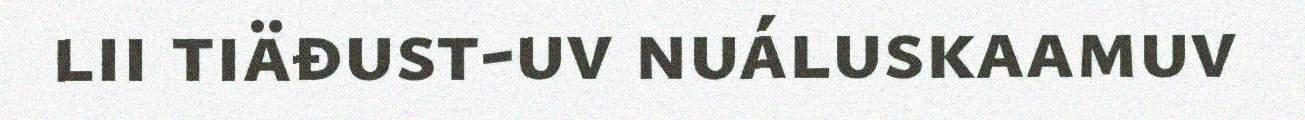
lii tiäđust-uv nuáluskaamuv